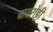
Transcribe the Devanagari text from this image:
पावरोट्टी